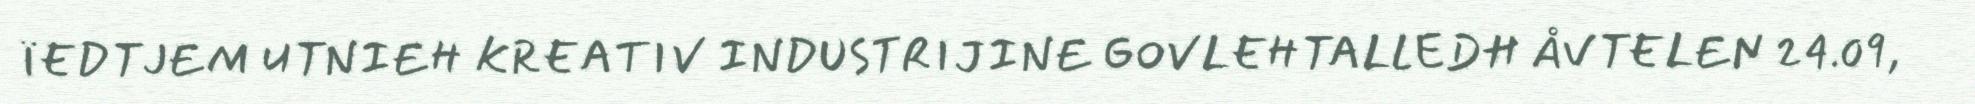
ÏEDTJEM UTNIEH KREATIV INDUSTRIJINE GOVLEHTALLEDH ÅVTELEN 24.09,